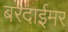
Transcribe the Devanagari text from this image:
बरदाईमर